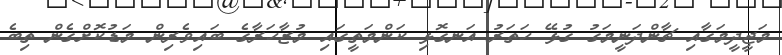
މަޖީދީމަގާއި ޗާންދަނީމަގު ގުޅޭ ހަތަރު އަނގޮޅި ކަންމަތީގައި މުޒާހަރާގެ ބައިވެރިން މަޑުކޮށްގެން ތިބެ